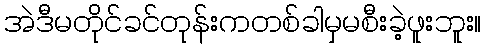
အဲဒီမတိုင်ခင်တုန်းကတစ်ခါမှမစီးခဲ့ဖူးဘူး။